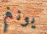
يونغ